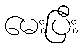
မေးပြီး